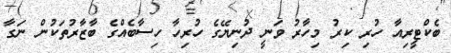
ބެކްޓީރިއާ ހުރި ކިރު މިހާރު ވަނީ ދުނިޔޭގެ ހުރިހާ ހިސާބެއްގެ ބާޒާރުތަކުން ނަގާ